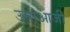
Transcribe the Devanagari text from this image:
उमाआजी